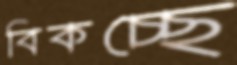
বিকচ্ছে